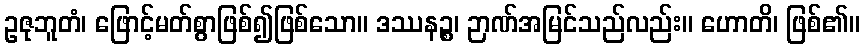
ဥဇုဘူတံ၊ ဖြောင့်မတ်စွာဖြစ်၍ဖြစ်သော။ ဒဿနဉ္စ၊ ဉာဏ်အမြင်သည်လည်း။ ဟောတိ၊ ဖြစ်၏။